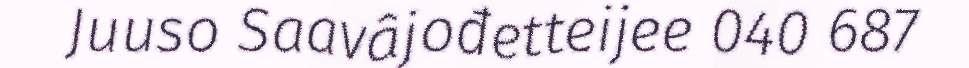
Juuso Saavâjođetteijee 040 687